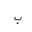
Letter: _ba